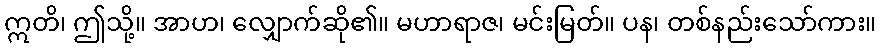
ဣတိ၊ ဤသို့။ အာဟ၊ လျှောက်ဆို၏။ မဟာရာဇ၊ မင်းမြတ်။ ပန၊ တစ်နည်းသော်ကား။